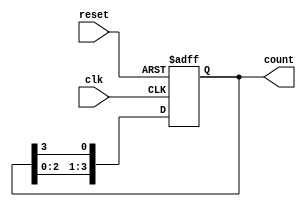
module synchronous_ring_counter #(parameter N = 4) (
    input wire clk,     // Clock signal
    input wire reset,   // Asynchronous reset signal
    output reg [N-1:0] count // Output state of the ring counter
);

// Always block for synchronous operation
always @(posedge clk or posedge reset) begin
    if (reset) begin
        // Initialize to the known state
        count <= 1'b1; // Start with first flip-flop set to '1'
    end else begin
        // Shift the '1' through the counter
        count <= {count[N-2:0], count[N-1]}; // Rotate right
    end
end

endmodule